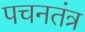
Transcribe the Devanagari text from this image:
पचनतंत्र